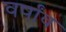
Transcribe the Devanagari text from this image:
वर्षांव